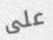
على